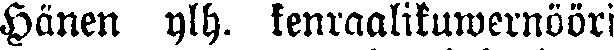
Hänen ylh. kenraalikuwernööri